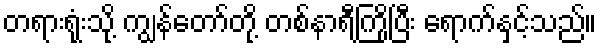
တရားရုံးသို့ ကျွန်တော်တို့ တစ်နာရီကြိုပြီး ရောက်နှင့်သည်။